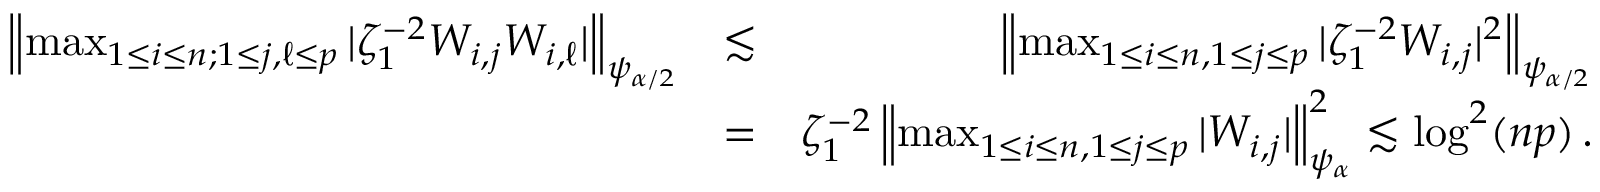
\begin{array} { r l r } { \left\| \operatorname* { m a x } _ { 1 \leq i \leq n ; 1 \leq j , \ell \leq p } | \zeta _ { 1 } ^ { - 2 } W _ { i , j } W _ { i , \ell } | \right\| _ { \psi _ { \alpha / 2 } } } & { \lesssim } & { \left\| \operatorname* { m a x } _ { 1 \leq i \leq n , 1 \leq j \leq p } | \zeta _ { 1 } ^ { - 2 } W _ { i , j } | ^ { 2 } \right\| _ { \psi _ { \alpha / 2 } } } \\ & { = } & { \zeta _ { 1 } ^ { - 2 } \left\| \operatorname* { m a x } _ { 1 \leq i \leq n , 1 \leq j \leq p } | W _ { i , j } | \right\| _ { \psi _ { \alpha } } ^ { 2 } \lesssim \log ^ { 2 } ( n p ) \, . } \end{array}